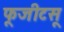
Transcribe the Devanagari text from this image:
फूजीटसू